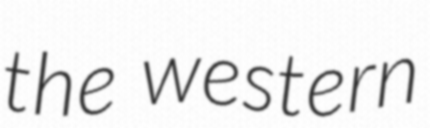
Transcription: the western